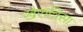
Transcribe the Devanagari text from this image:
खैरुन्निसा